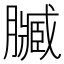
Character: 𮍄